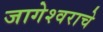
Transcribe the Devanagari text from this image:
जागेश्वराचे